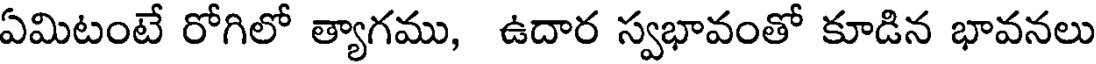
ఏమిటంటే రోగిలో త్యాగము, ఉదార స్వభావంతో కూడిన భావనలు